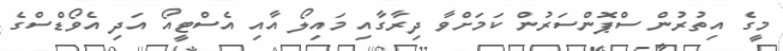
މީގެ އިތުރުން ސްޕޮންސަރުން ކަމަށްވާ ދިރާގާއި މައިލޯ އާއި އެސްޓީއޯ އަދި އެވޯޑްސްގެ